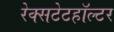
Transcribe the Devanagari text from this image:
रेक्सटेटहॉल्टर